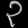
Digit: ၃